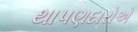
થાપણદારોએ